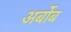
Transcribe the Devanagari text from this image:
अर्बोब